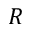
R